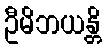
ဦမိဘယန္တိ